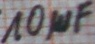
Text: 10µF